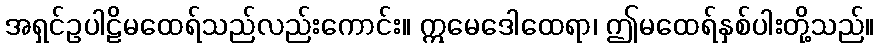
အရှင်ဥပါဠိမထေရ်သည်လည်းကောင်း။ ဣမေဒေါထေရာ၊ ဤမထေရ်နှစ်ပါးတို့သည်။